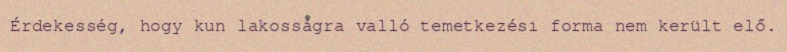
Érdekesség, hogy kun lakosságra valló temetkezési forma nem került elő.